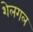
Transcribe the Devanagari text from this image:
शेलगल